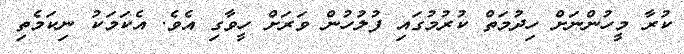
ކުރާ މީހުންނަށް ހިދުމަތް ކުރުމުގައި ފުލުހުން ވަރަށް ހީވާގި އެވެ. އެކަމަކު ނިކަމެތި